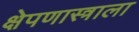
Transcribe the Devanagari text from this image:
क्षेपणास्त्राला